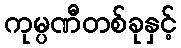
ကုမ္ပဏီတစ်ခုနှင့်